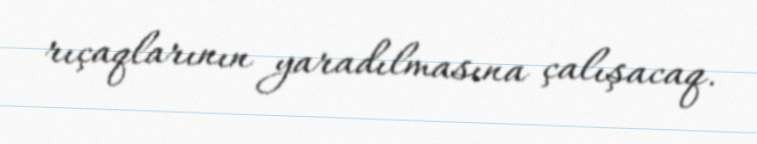
rıçaqlarının yaradılmasına çalışacaq.